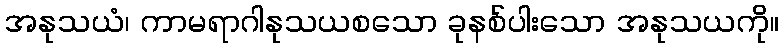
အနုသယံ၊ ကာမရာဂါနုသယစသော ခုနစ်ပါးသော အနုသယကို။